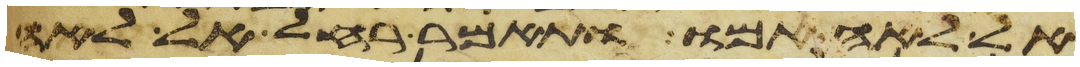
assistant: אל לאה אמו ותאמר רחל אל לאה